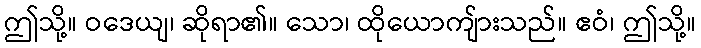
ဤသို့။ ဝဒေယျ၊ ဆိုရာ၏။ သော၊ ထိုယောကျ်ားသည်။ ဧဝံ၊ ဤသို့။